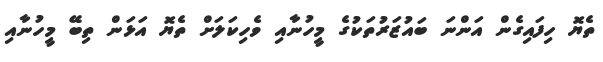
ތެޔޮ ހިފައިގެން އަންނަ ބައުޒަރުތަކުގެ މީހުނާއި ވެހިކަލަށް ތެޔޮ އަޅަން ތިބޭ މީހުނާއި